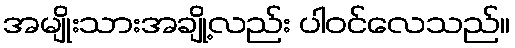
အမျိုးသားအချို့လည်း ပါဝင်လေသည်။